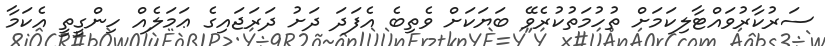
ސަރުކާރުވައްޓާލިކަމަށް ތުހުމަތުކުރެވޭ ބަޔަކަށް ވެތިބެ އެފަދަ ދަށު ދަރަޖައިގެ ޢަމަލެއް ހިންގީތީ އެކަމާ